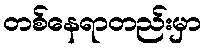
တစ်နေရာတည်းမှာ